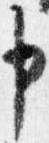
申